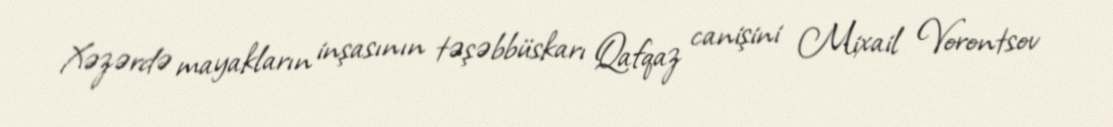
Xəzərdə mayakların inşasının təşəbbüskarı Qafqaz canişini Mixail Vorontsov